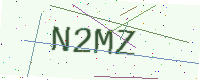
Text: N2MZ